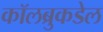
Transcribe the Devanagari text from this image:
कॉलब्रुकडेल